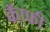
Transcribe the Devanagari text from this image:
कॅाफी